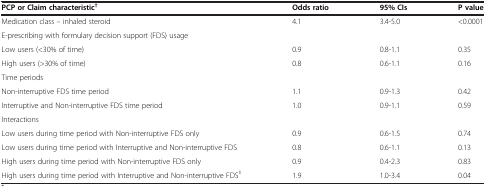
<table><thead><tr><td><b>PCP or Claim characteristic<sup>†</sup></b></td><td><b>Odds ratio</b></td><td><b>95% CIs</b></td><td><b>P value</b></td></tr></thead><tbody><tr><td>Medication class – inhaled steroid</td><td>4.1</td><td>3.4-5.0</td><td>&lt;0.0001</td></tr><tr><td>E-prescribing with formulary decision support (FDS) usage</td><td colspan="3"> </td></tr><tr><td>Low users (&lt;30% of time)</td><td>0.9</td><td>0.8-1.1</td><td>0.35</td></tr><tr><td>High users (&gt;30% of time)</td><td>0.8</td><td>0.6-1.1</td><td>0.16</td></tr><tr><td>Time periods</td><td colspan="3"> </td></tr><tr><td>Non-interruptive FDS time period</td><td>1.1</td><td>0.9-1.3</td><td>0.42</td></tr><tr><td>Interruptive and Non-interruptive FDS time period</td><td>1.0</td><td>0.9-1.1</td><td>0.59</td></tr><tr><td>Interactions</td><td colspan="3"> </td></tr><tr><td>Low users during time period with Non-interruptive FDS only</td><td>0.9</td><td>0.6-1.5</td><td>0.74</td></tr><tr><td>Low users during time period with Interruptive and Non-interruptive FDS</td><td>0.8</td><td>0.6-1.1</td><td>0.13</td></tr><tr><td>High users during time period with Non-interruptive FDS only</td><td>0.9</td><td>0.4-2.3</td><td>0.83</td></tr><tr><td>High users during time period with Interruptive and Non-interruptive FDS<sup>‡</sup></td><td>1.9</td><td>1.0-3.4</td><td>0.04</td></tr></tbody></table>